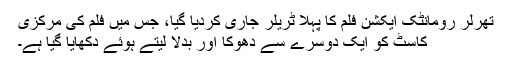
تھرلر رومانٹک ایکشن فلم کا پہلا ٹریلر جاری کردیا گیا، جس میں فلم کی مرکزی
کاسٹ کو ایک دوسرے سے دھوکا اور بدلا لیتے ہوئے دکھایا گیا ہے۔